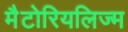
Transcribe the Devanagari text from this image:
मैटोरियलिज्म